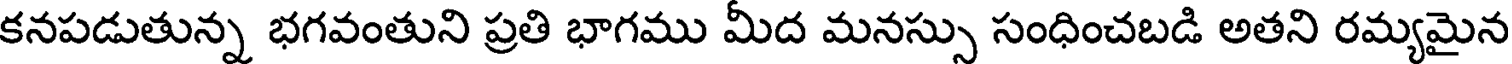
కనపడుతున్న భగవంతుని ప్రతి భాగము మీద మనస్సు సంధించబడి అతని రమ్యమైన